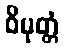
ဝိမုတ္တံ